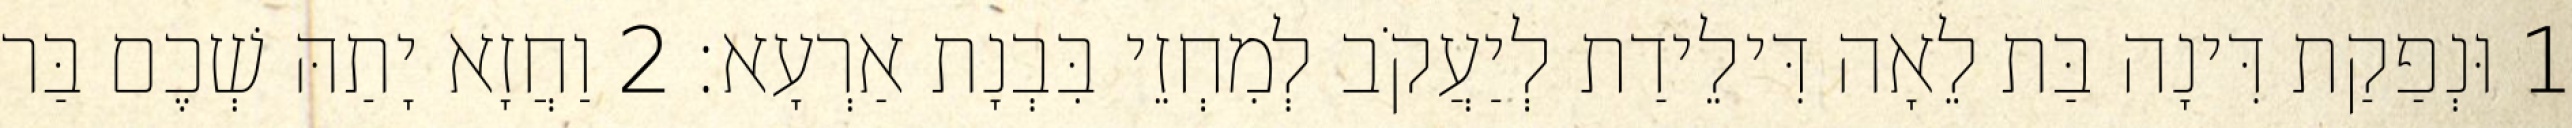
1 וּנְפַקַת דִּינָה בַּת לֵאָה דִּילֵידַת לְיַעֲקֹב לְמִחְזֵי בִּבְנָת אַרְעָא׃ 2 וַחֲזָא יָתַהּ שְׁכֶם בַּר